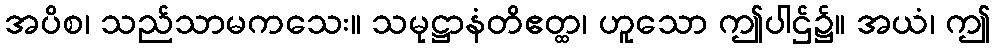
အပိစ၊ သည်သာမကသေး။ သမုဋ္ဌာနံတိဧတ္ထ၊ ဟူသော ဤပါဌ်၌။ အယံ၊ ဤ